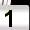
Digit: 1